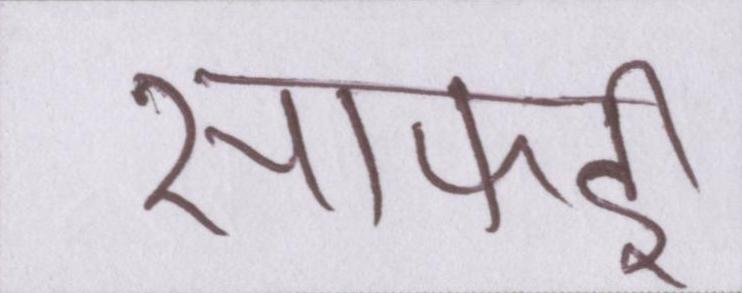
सफाई